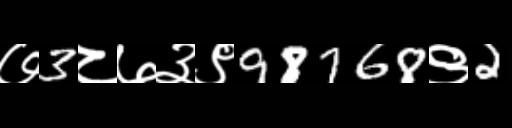
Text: ७3८७३९98768९2